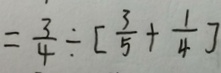
= \frac { 3 } { 4 } \div [ \frac { 3 } { 5 } + \frac { 1 } { 4 } ]